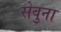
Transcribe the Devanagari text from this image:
सेवुना